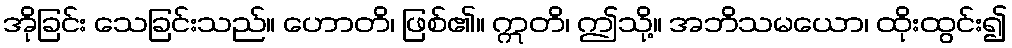
အိုခြင်း သေခြင်းသည်။ ဟောတိ၊ ဖြစ်၏။ ဣတိ၊ ဤသို့။ အဘိသမယော၊ ထိုးထွင်း၍